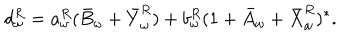
LaTeX: d _ { \omega } ^ { R } = a _ { \omega } ^ { R } ( \bar { B } _ { \omega } + \bar { Y } _ { \omega } ^ { R } ) + b _ { \omega } ^ { R } ( 1 + \bar { A } _ { \omega } + \bar { X } _ { \omega } ^ { R } ) ^ { \ast } .